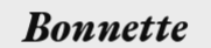
Bonnette